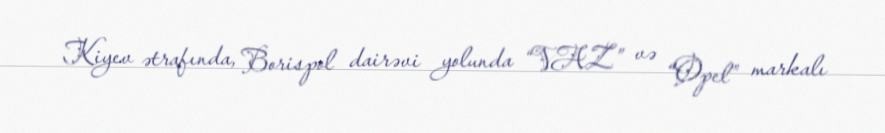
Kiyev ətrafında, Borispol dairəvi yolunda “VAZ” və “Opel” markalı